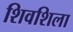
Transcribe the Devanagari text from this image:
शिवशिला